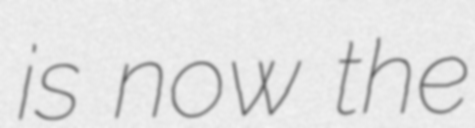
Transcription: is now the